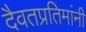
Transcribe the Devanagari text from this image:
दैवतप्रतिमांनी